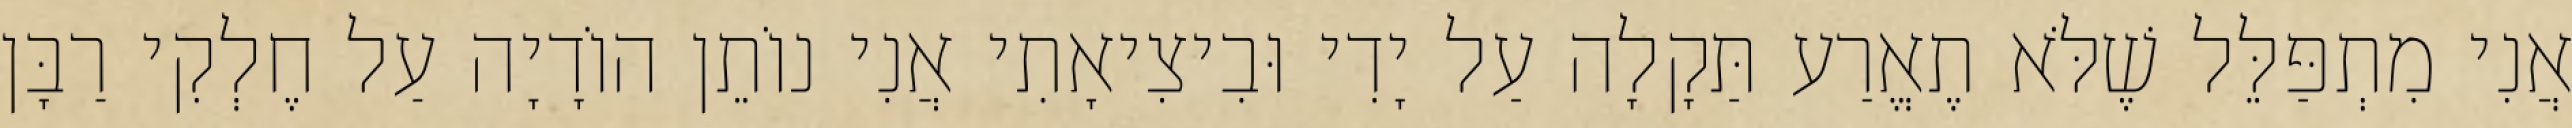
אֲנִי מִתְפַּלֵּל שֶׁלֹּא תֶאֱרַע תַּקָלָה עַל יָדִי וּבִיצִיאָתִי אֲנִי נוֹתֵן הוֹדָיָה עַל חֶלְקִי רַבָּן